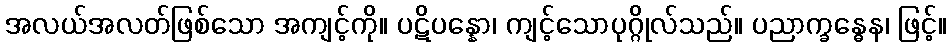
အလယ်အလတ်ဖြစ်သော အကျင့်ကို။ ပဋိပန္နော၊ ကျင့်သောပုဂ္ဂိုလ်သည်။ ပညာက္ခန္ဓေန၊ ဖြင့်။